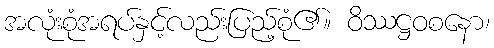
အလုံးစုံအရပ်နှင့်လည်းပြည့်စုံ၏။ ဝိဿဋ္ဌဝစနော၊